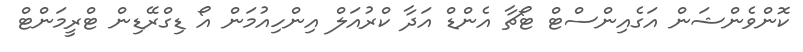
ކޮންވެންޝަން އަގެއިންސްޓް ޓޯޗާ އެންޑް އަދާ ކްރުއަލް އިންހިއުމަން އޯ ޑިގްރޭޑިން ޓްރީމަންޓް